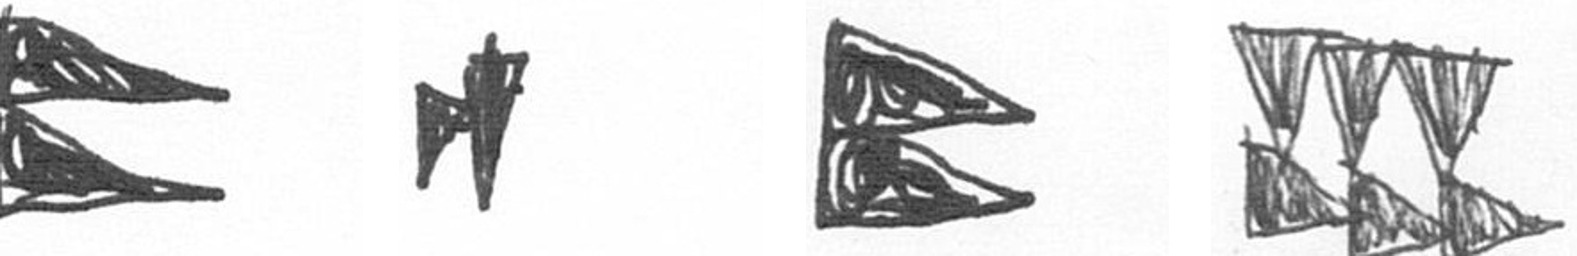
P M P D